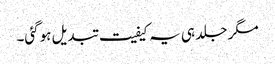
مگر جلد ہی یہ کیفیت تبدیل ہوگئی۔